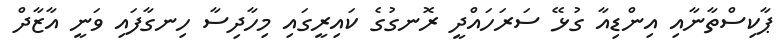
ޕާކިސްތާނާއި އިންޑިއާ ގުޅޭ ސަރަހައްދީ ރޮނގުގެ ކައިރީގައި މިހާދިސާ ހިނގާފައި ވަނީ އާޒާދް